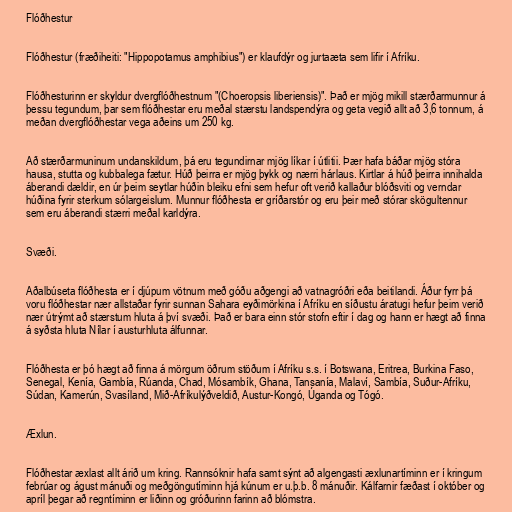
Flóðhestur

Flóðhestur (fræðiheiti: "Hippopotamus amphibius") er klaufdýr og jurtaæta sem lifir í Afríku.

Flóðhesturinn er skyldur dvergflóðhestnum "(Choeropsis liberiensis)". Það er mjög mikill stærðarmunnur á
þessu tegundum, þar sem flóðhestar eru meðal stærstu landspendýra og geta vegið allt að 3,6 tonnum, á
meðan dvergflóðhestar vega aðeins um 250 kg.

Að stærðarmuninum undanskildum, þá eru tegundirnar mjög líkar í útlitii. Þær hafa báðar mjög stóra
hausa, stutta og kubbalega fætur. Húð þeirra er mjög þykk og nærri hárlaus. Kirtlar á húð þeirra innihalda
áberandi dældir, en úr þeim seytlar húðin bleiku efni sem hefur oft verið kallaður blóðsviti og verndar
húðina fyrir sterkum sólargeislum. Munnur flóðhesta er gríðarstór og eru þeir með stórar skögultennur
sem eru áberandi stærri meðal karldýra.

Svæði.

Aðalbúseta flóðhesta er í djúpum vötnum með góðu aðgengi að vatnagróðri eða beitilandi. Áður fyrr þá
voru flóðhestar nær allstaðar fyrir sunnan Sahara eyðimörkina í Afríku en síðustu áratugi hefur þeim verið
nær útrýmt að stærstum hluta á því svæði. Það er bara einn stór stofn eftir í dag og hann er hægt að finna
á syðsta hluta Nílar í austurhluta álfunnar.

Flóðhesta er þó hægt að finna á mörgum öðrum stöðum í Afríku s.s. í Botswana, Eritrea, Burkina Faso,
Senegal, Kenía, Gambía, Rúanda, Chad, Mósambík, Ghana, Tansanía, Malaví, Sambía, Suður-Afríku,
Súdan, Kamerún, Svasíland, Mið-Afríkulýðveldið, Austur-Kongó, Úganda og Tógó.

Æxlun.

Flóðhestar æxlast allt árið um kring. Rannsóknir hafa samt sýnt að algengasti æxlunartíminn er í kringum
febrúar og águst mánuði og meðgöngutíminn hjá kúnum er u.þ.b. 8 mánuðir. Kálfarnir fæðast í október og
apríl þegar að regntíminn er liðinn og gróðurinn farinn að blómstra.